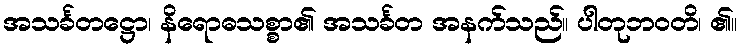
အသင်္ခတဋ္ဌော၊ နိရောဓသစ္စာ၏ အသင်္ခတ အနက်သည်။ ပါတုဘဝတိ၊ ၏။